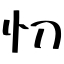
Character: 忉